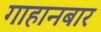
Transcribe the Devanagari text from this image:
गाहानबार